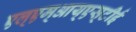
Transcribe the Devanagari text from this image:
एल्‌एम्‌आय्‌एस्‌टीई